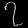
Digit: ၇